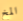
المخ